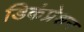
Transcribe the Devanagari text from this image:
डिकंप्रेशन